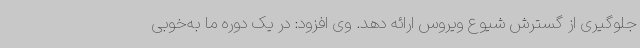
جلوگیری از گسترش شیوع ویروس ارائه دهد. وی افزود: در یک دوره ما به‌خوبی